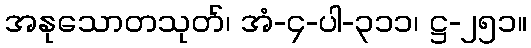
အနုသောတသုတ်၊ အံ-၄-ပါ-၃၁၁၊ ဋ္ဌ-၂၅၁။